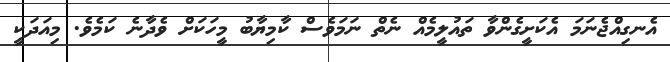
އެނގިއްޖެނަމަ އެކަށީގެންވާ ތައުލީމެއް ނެތް ނަމަވެސް ކާމިޔާބު މީހަކަށް ވެދާނެ ކަމެވެ. މިއަދަކީ